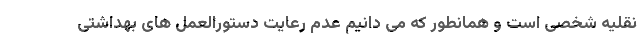
نقلیه شخصی است و همانطور که می دانیم عدم رعایت دستورالعمل های بهداشتی